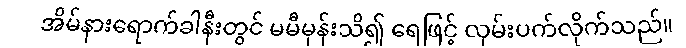
အိမ်နားရောက်ခါနီးတွင် မမီမှန်းသိ၍ ရေဖြင့် လှမ်းပက်လိုက်သည်။